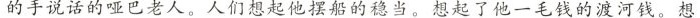
的手说话的哑巴老人。人们想起他摆船的稳当。想